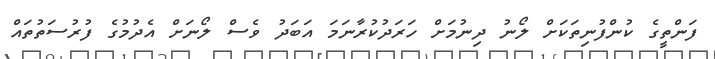
ފަންތީގެ ކުންފުނިތަކަށް ލޯނު ދިނުމަށް ހަރަދުކުރާނަމަ އަބަދު ވެސް ލޯނަށް އެދުމުގެ ފުރުސަތުތައް